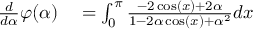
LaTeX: \begin{array} { r l } { { \frac { d } { d \alpha } } \varphi ( \alpha ) } & { { } = \int _ { 0 } ^ { \pi } { \frac { - 2 \cos ( x ) + 2 \alpha } { 1 - 2 \alpha \cos ( x ) + \alpha ^ { 2 } } } d x } \end{array}